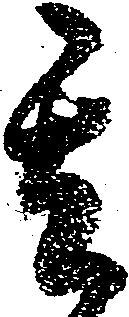
其